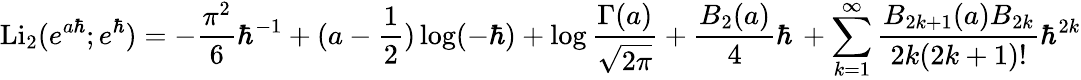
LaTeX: \mathrm{Li}_{2}(e^{a\hbar};e^{\hbar})=-\frac{\pi^{2}}{6}\hbar^{-1}+(a-\frac{1}{2})\log(-\hbar)+\log\frac{\Gamma(a)}{\sqrt{2\pi}}+\frac{B_{2}(a)}{4}\hbar\, +\sum_{k=1}^{\infty}\frac{B_{2k+1}(a)B_{2k}}{2k(2k+1)!}\hbar^{2k}